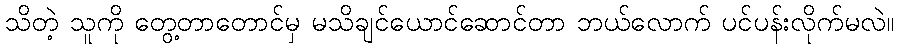
သိတဲ့ သူကို တွေ့တာတောင်မှ မသိချင်ယောင်ဆောင်တာ ဘယ်လောက် ပင်ပန်းလိုက်မလဲ။